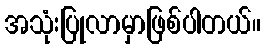
အသုံးပြုလာမှာဖြစ်ပါတယ်။